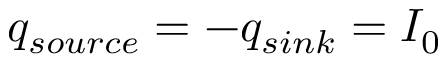
q _ { s o u r c e } = - q _ { s i n k } = I _ { 0 }